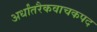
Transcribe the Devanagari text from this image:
अर्धांतरैकवाचकपद